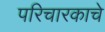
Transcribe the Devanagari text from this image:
परिचारकाचे